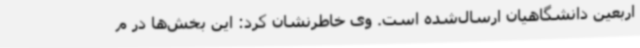
اربعین دانشگاهیان ارسال‌شده است. وی خاطرنشان کرد: این بخش‌ها در م